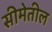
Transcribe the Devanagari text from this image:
सीमेतील